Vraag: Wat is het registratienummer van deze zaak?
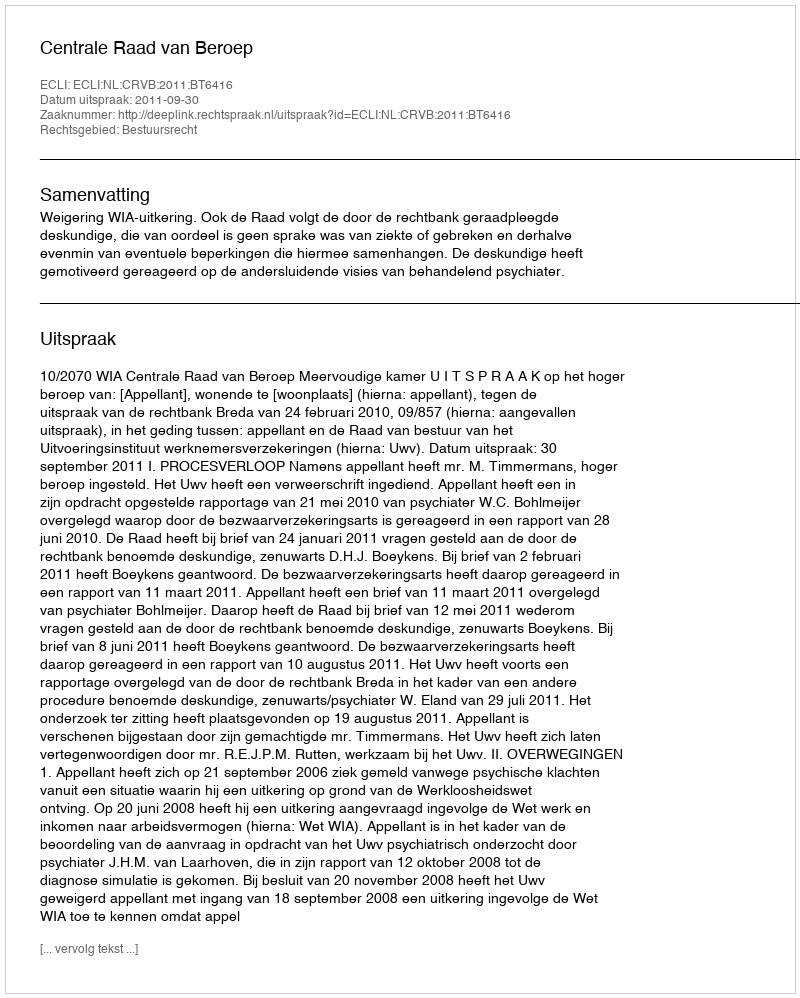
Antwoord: http://deeplink.rechtspraak.nl/uitspraak?id=ECLI:NL:CRVB:2011:BT6416